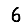
Digit: 6